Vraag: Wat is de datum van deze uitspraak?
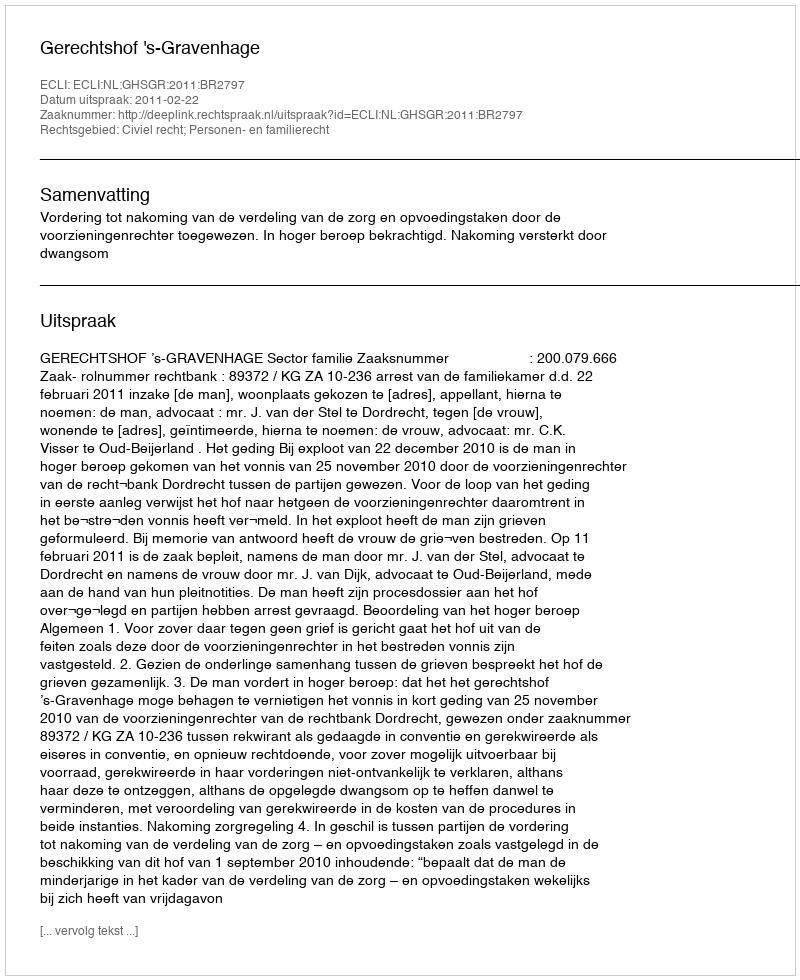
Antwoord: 2011-02-22